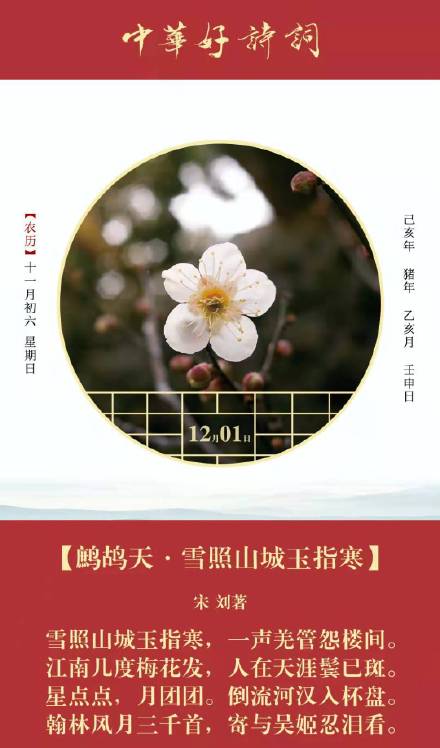
翰林风月三千首，寄与吴姬忍泪看。